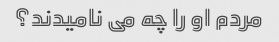
مردم او را چه می نامیدند؟